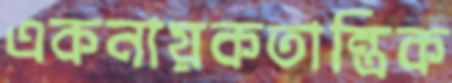
একনায়কতান্ত্রিক